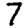
Digit: 7